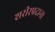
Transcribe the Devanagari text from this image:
शरीरप्रदान।